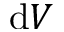
\mathrm { d } V